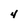
Character: 4